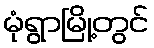
မုံရွာမြို့တွင်